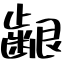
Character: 齦